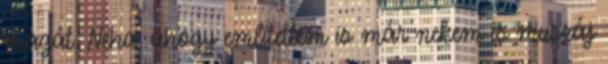
magát. Néha. ahogy említettem is már nekem is muszáj